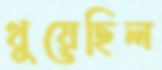
থুয়েছিল